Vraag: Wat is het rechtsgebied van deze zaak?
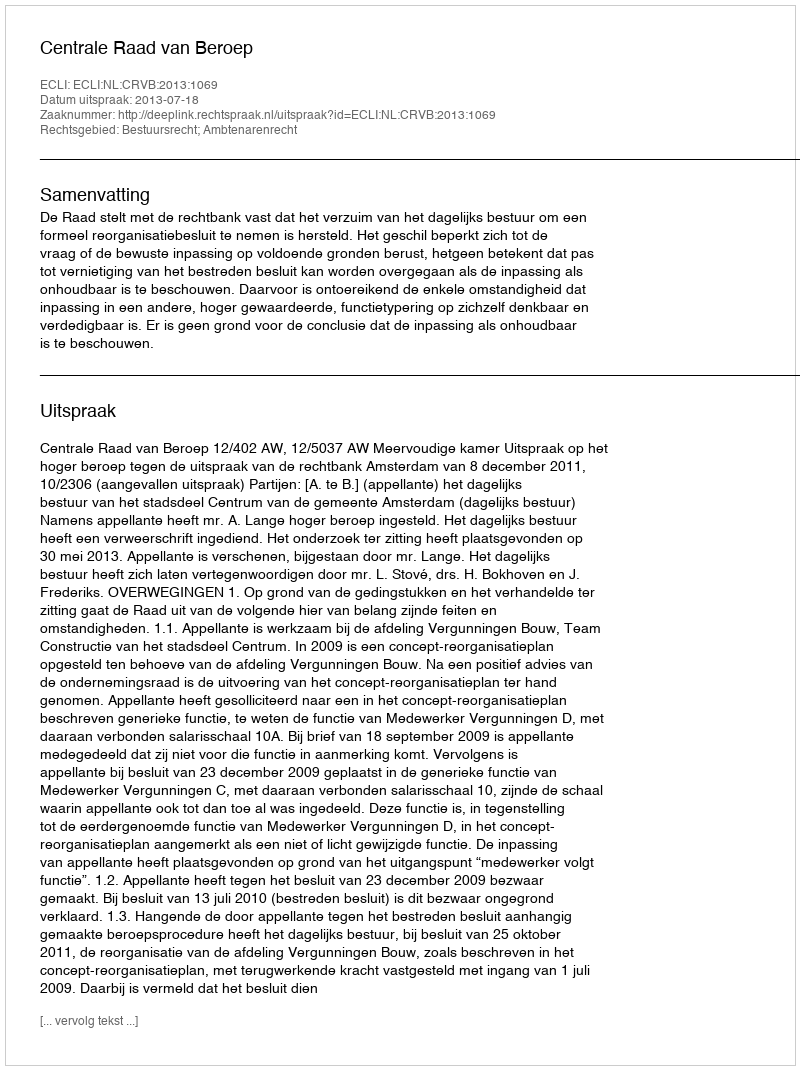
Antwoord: Bestuursrecht; Ambtenarenrecht